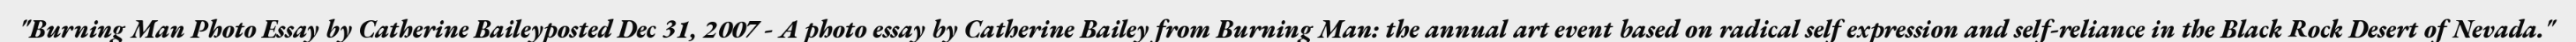
"Burning Man Photo Essay by Catherine Baileyposted Dec 31, 2007 - A photo essay by Catherine Bailey from Burning Man: the annual art event based on radical self expression and self-reliance in the Black Rock Desert of Nevada."